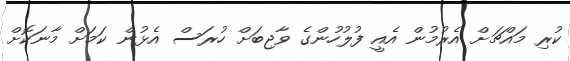
ކުރި މައްޗަށް އެރުމުން އެއީ ފުލުހުންގެ ވާޖިބަށް ހުރަސް އެޅުން ކަމަށް މާނަކޮށް